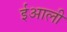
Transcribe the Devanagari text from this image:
ईआली